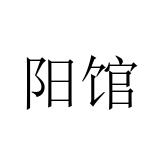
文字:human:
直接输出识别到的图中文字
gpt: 阳馆